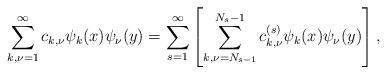
LaTeX: \begin{align*}\sum_{k,\nu=1}^\infty c_{k,\nu} \psi_k(x)\psi_\nu(y)=\sum_{s=1}^\infty\left[\sum_{k,\nu=N_{s-1}}^{ N_s-1}c_{k,\nu}^{(s)}\psi_k(x)\psi_\nu(y)\right],\end{align*}